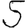
Digit: 5